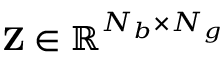
\ensuremath \mathbf { Z } \in \mathbb { R } ^ { \ensuremath N _ { b } \times \ensuremath N _ { g } }